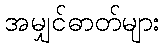
အမျှင်ဓာတ်များ